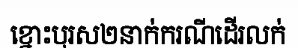
ខ្នោះបុរស២នាក់ករណីដើរលក់